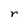
Character: r